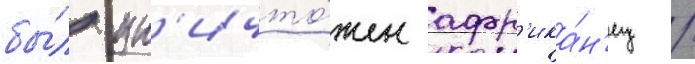
бы́л ун'ичто́жен афр'ика́н'ец /